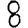
Digit: 8